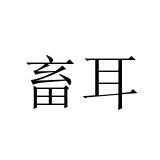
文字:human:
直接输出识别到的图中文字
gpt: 畜耳